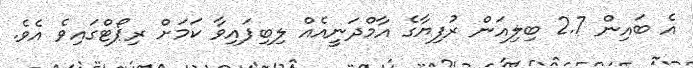
އެ ބައިން 2.7 ބިލިއަން ރުފިޔާގެ އާމްދަނީއެއް ލިބިފައިވާ ކަމަށް ރިޕޯޓްގައިވެ އެވެ.